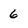
Character: 6